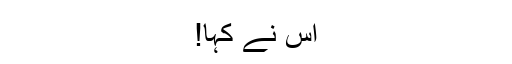
اس نے کہا!